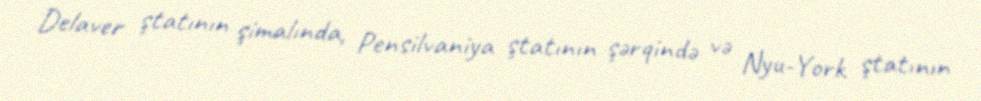
Delaver ştatının şimalında, Pensilvaniya ştatının şərqində və Nyu-York ştatının